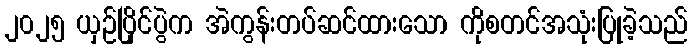
၂၀၂၅ ယှဉ်ပြိုင်ပွဲက အဲကွန်းတပ်ဆင်ထားသော ကိုစတင်အသုံးပြုခဲ့သည်